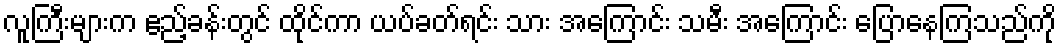
လူကြီးများက ဧည့်ခန်းတွင် ထိုင်ကာ ယပ်ခတ်ရင်း သား အကြောင်း သမီး အကြောင်း ပြောနေကြသည်ကို